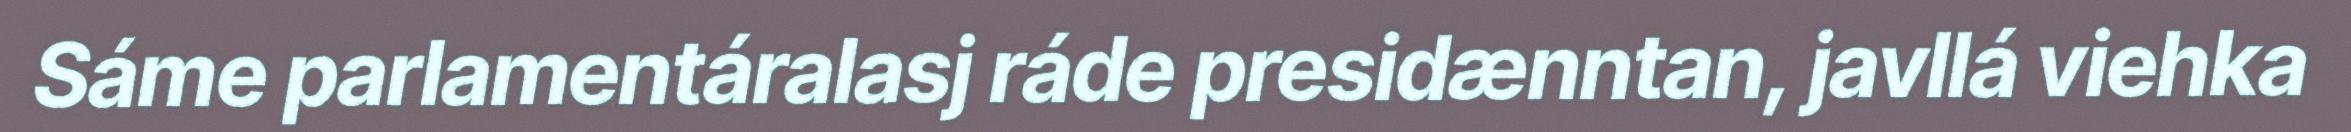
Sáme parlamentáralasj ráde presidænntan, javllá viehka